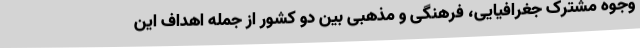
وجوه مشترک جغرافیایی، فرهنگی و مذهبی بین دو کشور از جمله اهداف این